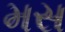
મસ